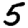
Digit: 5